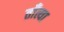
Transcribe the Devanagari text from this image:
ताँत्या